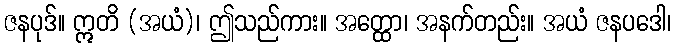
ဇနပုဒ်။ ဣတိ (အယံ)၊ ဤသည်ကား။ အတ္ထော၊ အနက်တည်း။ အယံ ဇနပဒေါ၊